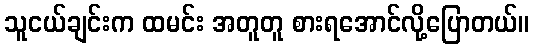
သူငယ်ချင်းက ထမင်း အတူတူ စားရအောင်လို့ပြောတယ်။